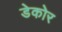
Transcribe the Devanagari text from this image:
डेकोर